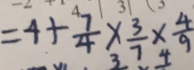
= 4 + \frac { 7 } { 4 } \times \frac { 3 } { 7 } \times \frac { 4 } { 9 }